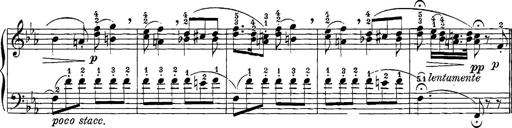
Title: 12 Sonatinas
Composer: Ignaz Pleyel